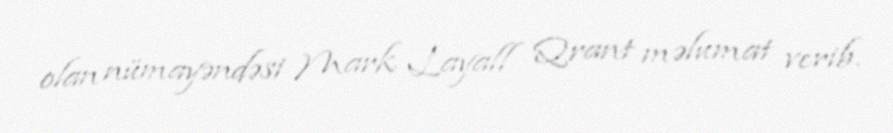
olan nümayəndəsi Mark Layall Qrant məlumat verib.